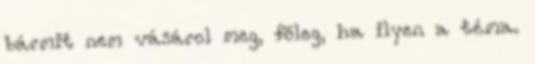
bármit nem vásárol meg, főleg, ha ilyen a téma.